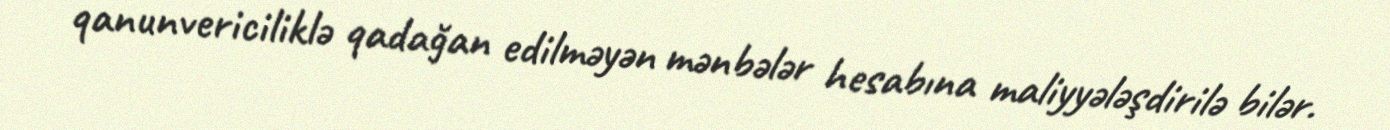
qanunvericiliklə qadağan edilməyən mənbələr hesabına maliyyələşdirilə bilər.